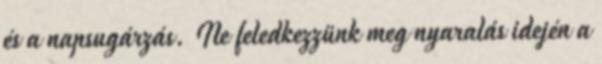
és a napsugárzás. Ne feledkezzünk meg nyaralás idején a